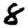
Digit: 8